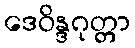
ဒေဝိန္ဒဂုတ္တာ